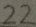
2 2